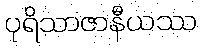
ပုရိသာဇာနီယဿ